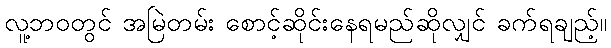
လူ့ဘဝတွင် အမြဲတမ်း စောင့်ဆိုင်းနေရမည်ဆိုလျှင် ခက်ရချည့်။